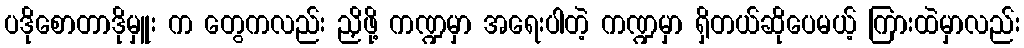
ပဒိုစောတာဒိုမှူး က တွေကလည်း ညှိဖို့ ကဏ္ဍမှာ အရေးပါတဲ့ ကဏ္ဍမှာ ရှိတယ်ဆိုပေမယ့် ကြားထဲမှာလည်း